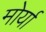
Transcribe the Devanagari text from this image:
मोर्या